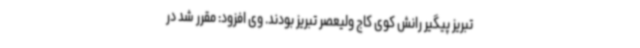
تبریز پیگیر رانش کوی کاج ولیعصر تبریز بودند. وی افزود: مقرر شد در